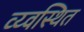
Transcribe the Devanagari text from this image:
व्य्वस्थित